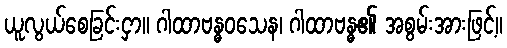
ယူလွယ်စေခြင်းငှာ။ ဂါထာဗန္ဓဝသေန၊ ဂါထာဗန္ဓ၏ အစွမ်းအားဖြင့်။